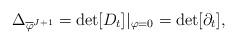
LaTeX: \begin{align*}\Delta_{\overline{\varphi}^{J+1}}=\det[D_t]|_{\varphi=0}=\det[\partial_t],\end{align*}